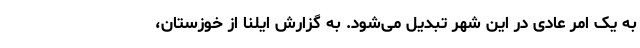
به یک امر عادی در این شهر تبدیل می‌شود. به گزارش ایلنا از خوزستان،